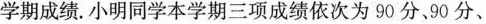
学期成绩。小明同学本学期三项成绩依次为90分，90分、